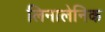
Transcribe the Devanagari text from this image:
लिनालेनिक